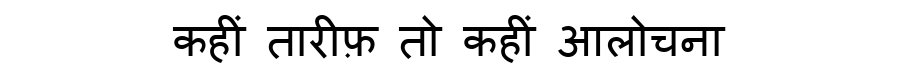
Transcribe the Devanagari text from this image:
कहीं तारीफ़ तो कहीं आलोचना